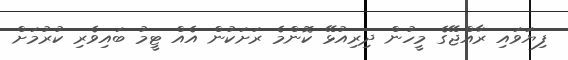
ފިޔަވައި ރާއްޖޭގެ މީހުން ދިރިއުޅޭ ކޮންމެ ރަށަކުން އެއް ޓީމު ބައިވެރި ކުރުމަށް